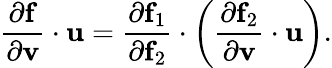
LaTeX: {\frac{\partial\mathbf{f}}{\partial\mathbf{v}}}\cdot\mathbf{u}={\frac{\partial\mathbf{f}_{1}}{\partial\mathbf{f}_{2}}}\cdot\left({\frac{\partial\mathbf{f}_{2}}{\partial\mathbf{v}}}\cdot\mathbf{u}\right).